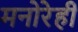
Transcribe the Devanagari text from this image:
मनोरेही